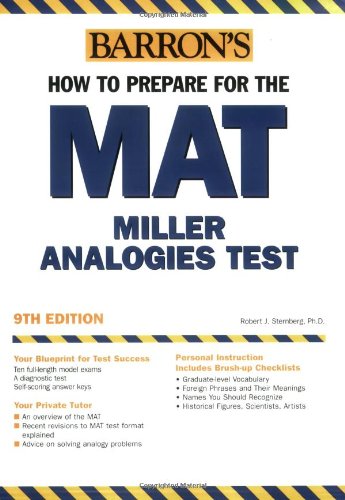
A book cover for Barron's How to Prepare for the MAT: Miller Analogies Test, 9th Edition; Robert J. Sternberg; Test Preparation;